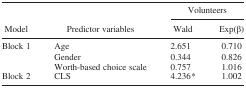
| <ROWSPAN=2> Model | <ROWSPAN=2> Predictor variables | <COLSPAN=2> Volunteers |
 | Wald | Exp(β) |
 | --- | --- | --- | --- |
 | Block 1 | Age | 2.651 | 0.710 |
 | <ROWSPAN=2>  | Gender | 0.344 | 0.826 |
 | Worth‐based choice scale | 0.757 | 1.016 |
 | Block 2 | CLS | 4.236* | 1.002 |